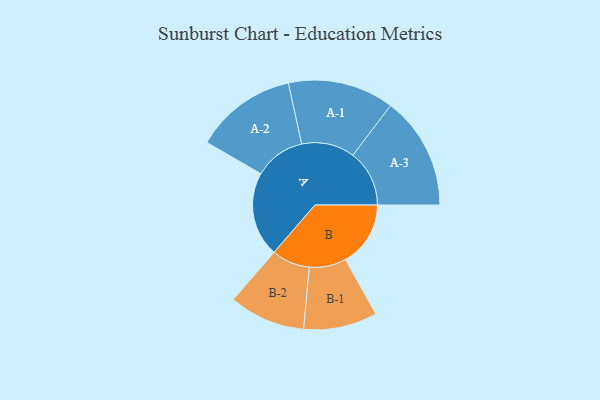
{"axis": {"x": "Segment", "y": "Value"}, "legend": ["", "A", "B"], "data": [{"x": "A", "y": 444, "type": ""}, {"x": "B", "y": 341, "type": ""}, {"x": "A-1", "y": 278, "type": "A"}, {"x": "A-2", "y": 267, "type": "A"}, {"x": "A-3", "y": 296, "type": "A"}, {"x": "B-1", "y": 193, "type": "B"}, {"x": "B-2", "y": 200, "type": "B"}]}